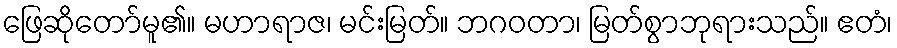
ဖြေဆိုတော်မူ၏။ မဟာရာဇ၊ မင်းမြတ်။ ဘဂဝတာ၊ မြတ်စွာဘုရားသည်။ ဧတံ၊